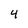
Character: 4